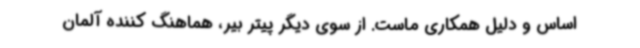
اساس و دلیل همکاری ماست. از سوی دیگر پیتر بیر، هماهنگ کننده آلمان